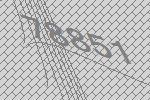
78851